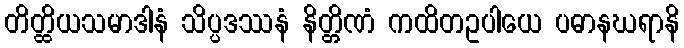
တိတ္ထိယသမာဒါနံ သိပ္ပဒဿနံ နိတ္တိဏံ ကထိတဥပါယေ ပဓာနဃရာနိ